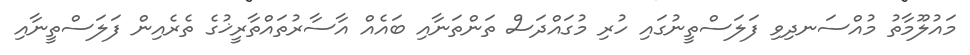
މައުލޫމާތު މުއްސަނދިވި ފަލަސްތީނުގައި ހުރި މުގައްދަސް ތަންތަނާއި ބައެއް އާސާރުތައްތާރީޚުގެ ތެރެއިން ފަލަސްތީނާއި